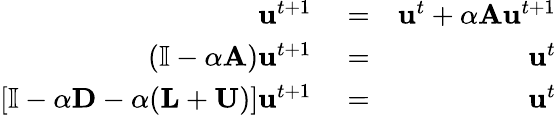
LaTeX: \begin{array}{rlr}{\mathbf{u}^{t+1}}&{{}=}&{\mathbf{u}^{t}+\alpha\mathbf{A}\mathbf{u}^{t+1}}\\ {\left(\mathbb{I}-\alpha\mathbf{A}\right)\mathbf{u}^{t+1}}&{{}=}&{\mathbf{u}^{t}}\\ {\left[\mathbb{I}-\alpha\mathbf{D}-\alpha(\mathbf{L}+\mathbf{U})\right]\mathbf{u}^{t+1}}&{{}=}&{\mathbf{u}^{t}}\end{array}